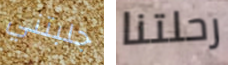
جلبتني رحلتنا